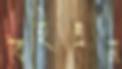
বিইএন